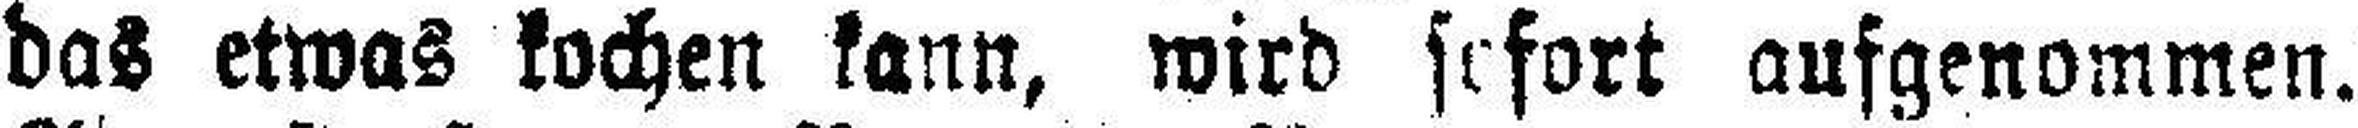
das etwas kochen kann, wird sofort ausgenommen.